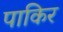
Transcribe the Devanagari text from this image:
पाकिर